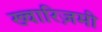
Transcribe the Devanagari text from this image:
ख्वारिज़मी